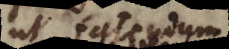
ut fatendum